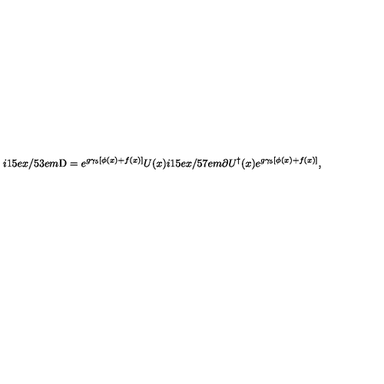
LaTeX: i \raise . 1 5 e x \mathrm { / } \kern - . 5 3 e m \mathrm { D } = e ^ { g \gamma _ { 5 } [ \phi ( x ) + f ( x ) ] } U ( x ) i \raise . 1 5 e x \mathrm { / } \kern - . 5 7 e m \mathrm { \partial } U ^ { \dagger } ( x ) e ^ { g \gamma _ { 5 } [ \phi ( x ) + f ( x ) ] } ,